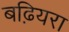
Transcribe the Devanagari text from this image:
बढ़ियरा